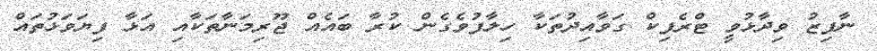
ނާފިޒު ވިދާޅުވީ ޓްރެފިކް ގަވާއިދުތަކާ ހިލާފުވެގެން ކުރާ ބައެއް ޖޫރިމަނާތަކާއި އަޅާ ފިޔަވަޅުތައް